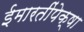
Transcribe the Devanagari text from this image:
ईमारतींपेक्षा